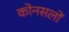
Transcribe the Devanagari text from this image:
कोनसलों